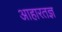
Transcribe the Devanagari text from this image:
आहारतज्ञ